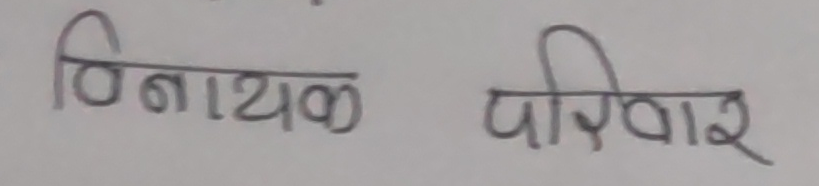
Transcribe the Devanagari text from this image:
विनायक परिवार